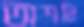
অশনি